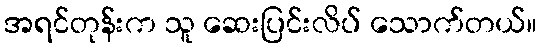
အရင်တုန်းက သူ ဆေးပြင်းလိပ် သောက်တယ်။